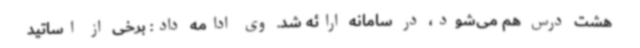
هشت درس هم می‌شود، در سامانه ارائه شد. وی ادامه داد: برخی از اساتید